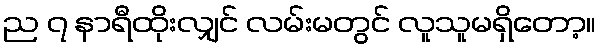
ည ၇ နာရီထိုးလျှင် လမ်းမတွင် လူသူမရှိတော့။